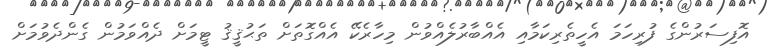
އޮފިސަރުންގެ ފުރިހަމަ އެހީތެރިކަމާއި އެއްބާރުލެއްވުން މިހާރެކޭ އެއްގޮތަށް ތަޙުޤީޤު ޓީމަށް ދެއްވަމުން ގެންދެވުމަށް